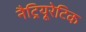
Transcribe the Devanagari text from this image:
नैट्रियूरेटिक